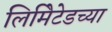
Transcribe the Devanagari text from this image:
लिमिेटेडच्या